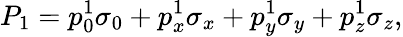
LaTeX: P_{1}=p_{0}^{1}\sigma_{0}+p_{x}^{1}\sigma_{x}+p_{y}^{1}\sigma_{y}+p_{z}^{1}\sigma_{z},